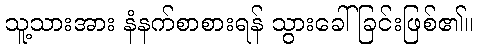
သူ့သားအား နံနက်စာစားရန် သွားခေါ်ခြင်းဖြစ်၏။